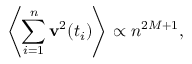
\left< \sum _ { i = 1 } ^ { n } \mathbf { v } ^ { 2 } ( t _ { i } ) \right> \propto n ^ { 2 M + 1 } ,